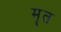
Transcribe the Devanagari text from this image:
मॄत